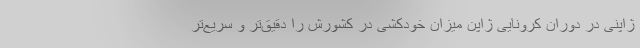
ژاپنی در دوران کرونایی ژاپن میزان خودکشی در کشورش را دقیق‌تر و سریع‌تر